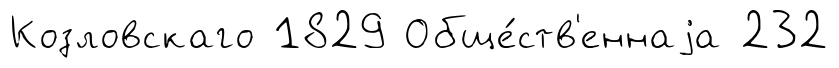
Козловскаго 1829 Обще́ств'еннаjа 232